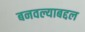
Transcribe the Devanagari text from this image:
बनवल्याबद्दल